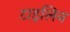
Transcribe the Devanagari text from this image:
टाइलिन